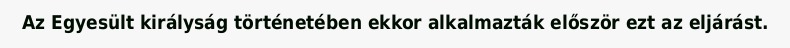
Az Egyesült királyság történetében ekkor alkalmazták először ezt az eljárást.